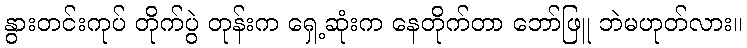
နွားတင်းကုပ် တိုက်ပွဲ တုန်းက ရှေ့ဆုံးက နေတိုက်တာ ဘော်ဖြူ ဘဲမဟုတ်လား။